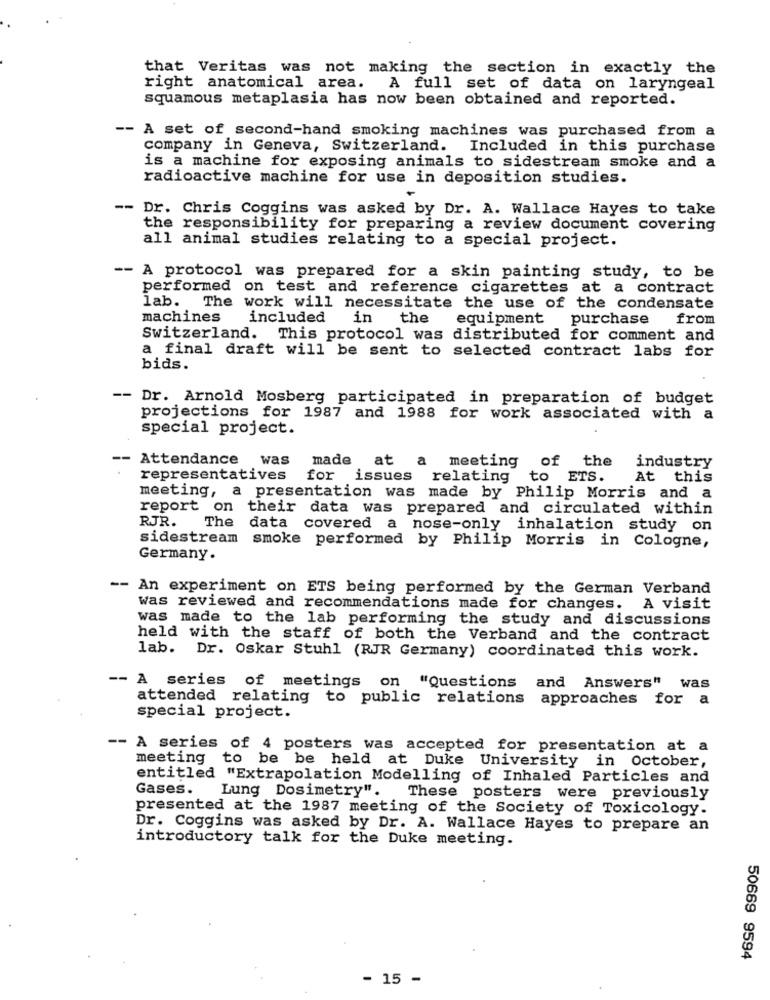
that Veritas was not making the section in exactly the
right anatomical area. A full set of data on laryngeal
squamous metaplasia has now been obtained and reported.
-- A set of second-hand smoking machines was purchased from a
company in Geneva, Switzerland. Included in this purchase
is a machine for exposing animals to sidestream smoke and a
radioactive machine for use in deposition studies.
-- Dr. Chris Coggins was asked by Dr. A. Wallace Hayes to take
the responsibility for preparing a review document covering
all animal studies relating to a special project.
-- A protocol was prepared for a skin painting study, to be
performed on test and reference cigarettes at a contract
lab. The work will necessitate the use of the condensate
machines
included
in
the
equipment
purchase
from
Switzerland. This protocol was distributed for comment and
a final draft will be sent to selected contract labs for
bids.
-- Dr. Arnold Mosberg participated in preparation of budget
projections for 1987 and 1988 for work associated with a
special project.
-- Attendance
was
made at a meeting
of the
industry
representatives
for
issues
relating
to ETS.
At this
meeting, a presentation was made by Philip Morris and a
report on their data was prepared and circulated within
RJR.
The
data covered a nose-only inhalation study on
sidestream
smoke performed by Philip Morris in Cologne,
Germany.
-- An experiment on ETS being performed by the German Verband
was reviewed and recommendations made for changes. A visit
was made to the lab performing the study and discussions
held with the staff of both the Verband and the contract
lab. Dr. Oskar Stuhl (RJR Germany) coordinated this work.
-- A series of meetings on "Questions and Answers" was
attended relating to public relations approaches for a
special project.
-- A series of 4 posters was accepted for presentation at a
meeting to be be held at Duke University in October,
entitled "Extrapolation Modelling of Inhaled Particles and
Gases.
Lung Dosimetry". These posters were previously
presented at the 1987 meeting of the Society of Toxicology.
Dr. Coggins was asked by Dr. A. Wallace Hayes to prepare an
introductory talk for the Duke meeting.
50669 9594
- 15 -